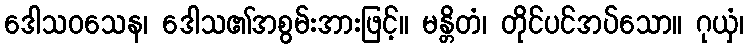
ဒေါသဝသေန၊ ဒေါသ၏အစွမ်းအားဖြင့်။ မန္တိတံ၊ တိုင်ပင်အပ်သော။ ဂုယှံ၊